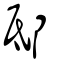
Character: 邸